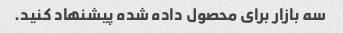
سه بازار برای محصول داده شده پیشنهاد کنید.